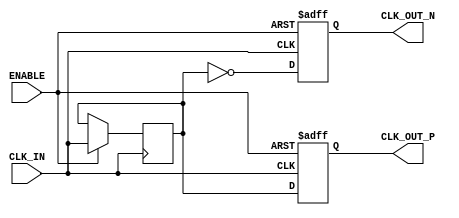
module differential_clock_buffer (
    input wire CLK_IN,      // Single-ended clock input
    input wire ENABLE,      // Enable signal
    output reg CLK_OUT_P,   // Differential clock output positive
    output reg CLK_OUT_N    // Differential clock output negative
);

    // Parameters for signal conditioning (these can be tuned as needed)
    parameter RISE_TIME = 5;    // Rise time in ns
    parameter FALL_TIME = 5;     // Fall time in ns
    parameter DELAY_TIME = 2;    // Propagation delay in ns

    // Internal clock signal
    reg clk_in_delayed;

    // Clock generation process
    always @(posedge CLK_IN or negedge ENABLE) begin
        if (!ENABLE) begin
            // When disabled, output should remain low (power saving)
            CLK_OUT_P <= 1'b0;
            CLK_OUT_N <= 1'b0;
        end else begin
            // Generate delayed clock for the differential output
            clk_in_delayed <= CLK_IN;

            // Conditional output based on input state, creating differential signals
            #DELAY_TIME;  // Simulate base propagation delay
            CLK_OUT_P <= #RISE_TIME clk_in_delayed;        // Positive output
            CLK_OUT_N <= #FALL_TIME ~clk_in_delayed;      // Negative output (inverted)
        end
    end

    // Initialize outputs on power-up
    initial begin
        CLK_OUT_P = 1'b0;
        CLK_OUT_N = 1'b0;
    end

endmodule